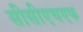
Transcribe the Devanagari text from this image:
सीसीएचएफ